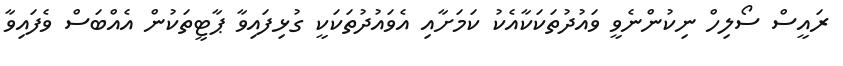
ރައީސް ސޯލިހް ނިކުންނެވީ ވައުދުތަކަކާއެކު ކަމަށާއި އެވައުދުތަކަކީ ގުޅިފައިވާ ޕާޓީތަކުން އެއްބަސް ވެފައިވާ